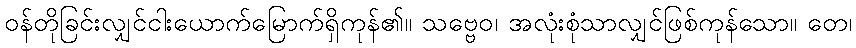
ဝန်တိုခြင်းလျှင်ငါးယောက်မြောက်ရှိကုန်၏။ သဗ္ဗေဝ၊ အလုံးစုံသာလျှင်ဖြစ်ကုန်သော။ တေ၊